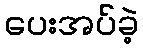
ပေးအပ်ခဲ့